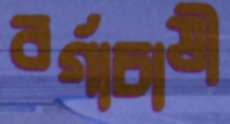
বর্গাচাষী